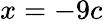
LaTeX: x=-9c